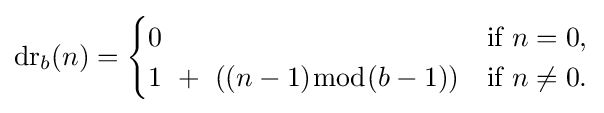
\operatorname {dr} _{b}(n)={\begin{cases}0&{\mbox{if}}\ n=0,\\1\ +\ ((n-1){\bmod {(b-1)}})&{\mbox{if}}\ n\neq 0.\end{cases}}